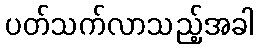
ပတ်သက်လာသည့်အခါ